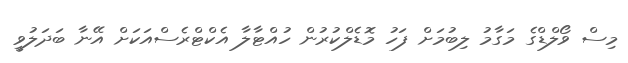
މިސް ވޯލްޑްގެ މަގާމު ލިބުމަށް ފަހު މޮޑެލްކުރުން ހުއްޓާލާ އެކްޓްރެސްއަކަށް އޭނާ ބަދަލުވީ